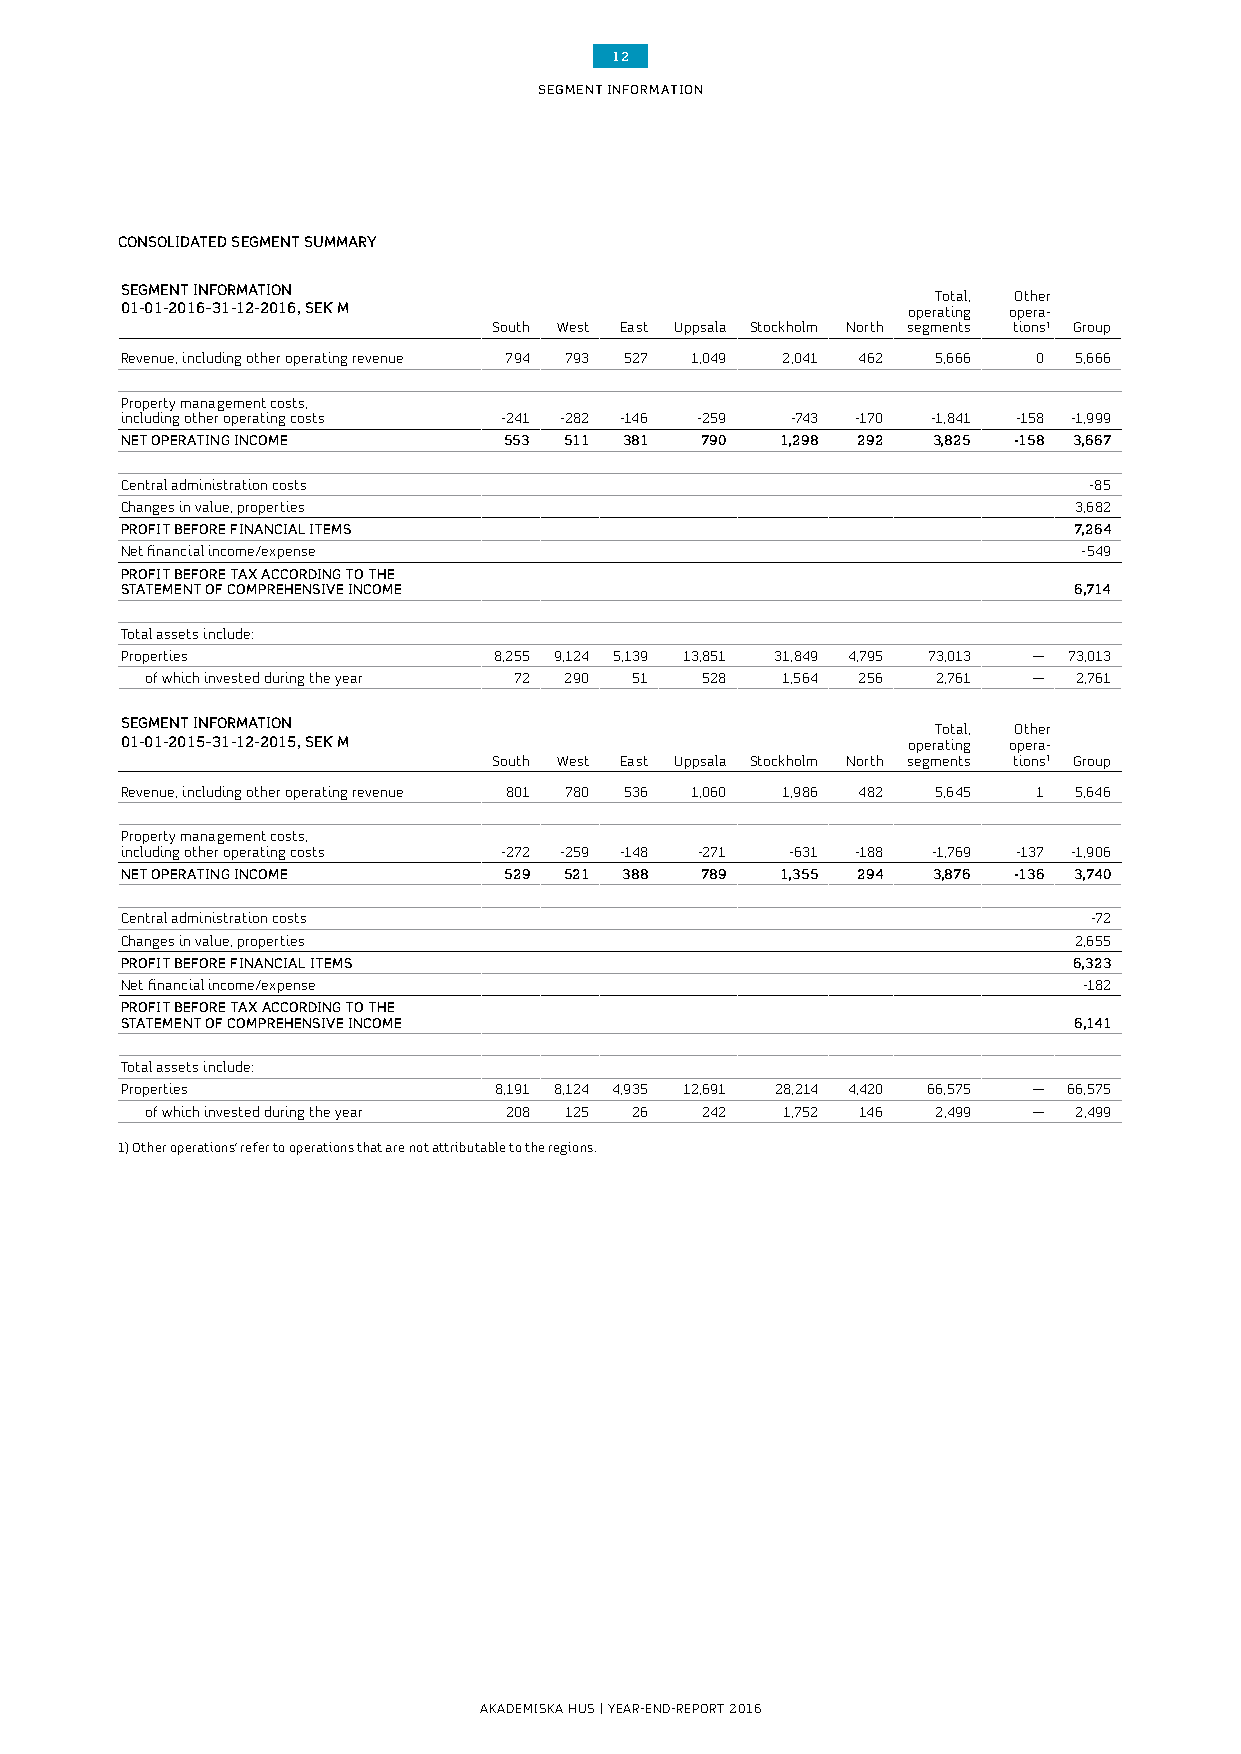
12
 SEGMENT INFORMATION
 CONSOLIDATED SEGMENT SUMMARY
 SEGMENT INFORMATION
 Total, Other
 01-01-2016–31-12-2016, SEK M                        operating opera-
 South West East Uppsala Stockholm North segments tions1 Group
 Revenue, including other operating revenue 794 793 527 1,049 2,041 462 5,666 0 5,666
 Property management costs,
 including other operating costs -241 -282 -146 -259 -743 -170 -1,841 -158 -1,999
 NET OPERATING INCOME     553 511 381  790   1,298 292 3,825 -158 3,667
 Central administration costs                                    -85
 Changes in value, properties                                   3,682
 PROFIT BEFORE FINANCIAL ITEMS                                  7,264
 Net financial income/expense                                    -549
 PROFIT BEFORE TAX ACCORDING TO THE
 STATEMENT OF COMPREHENSIVE INCOME                              6,714
 Total assets include:
 Properties               8,255 9,124 5,139 13,851 31,849 4,795 73,013 — 73,013
 of which invested during the year 72 290 51 528 1,564 256 2,761 — 2,761
 SEGMENT INFORMATION
 Total, Other
 01-01-2015–31-12-2015, SEK M                        operating opera-
 South West East Uppsala Stockholm North segments tions1 Group
 Revenue, including other operating revenue 801 780 536 1,060 1,986 482 5,645 1 5,646
 Property management costs,
 including other operating costs -272 -259 -148 -271 -631 -188 -1,769 -137 -1,906
 NET OPERATING INCOME     529 521 388  789   1,355 294 3,876 -136 3,740
 Central administration costs                                    -72
 Changes in value, properties                                   2,655
 PROFIT BEFORE FINANCIAL ITEMS                                  6,323
 Net financial income/expense                                    -182
 PROFIT BEFORE TAX ACCORDING TO THE
 STATEMENT OF COMPREHENSIVE INCOME                              6,141
 Total assets include:
 Properties               8,191 8,124 4,935 12,691 28,214 4,420 66,575 — 66,575
 of which invested during the year 208 125 26 242 1,752 146 2,499 — 2,499
 1) Other operations’ refer to operations that are not attributable to the regions.
 AKADEMISKA HUS | YEAR-END-REPORT 2016